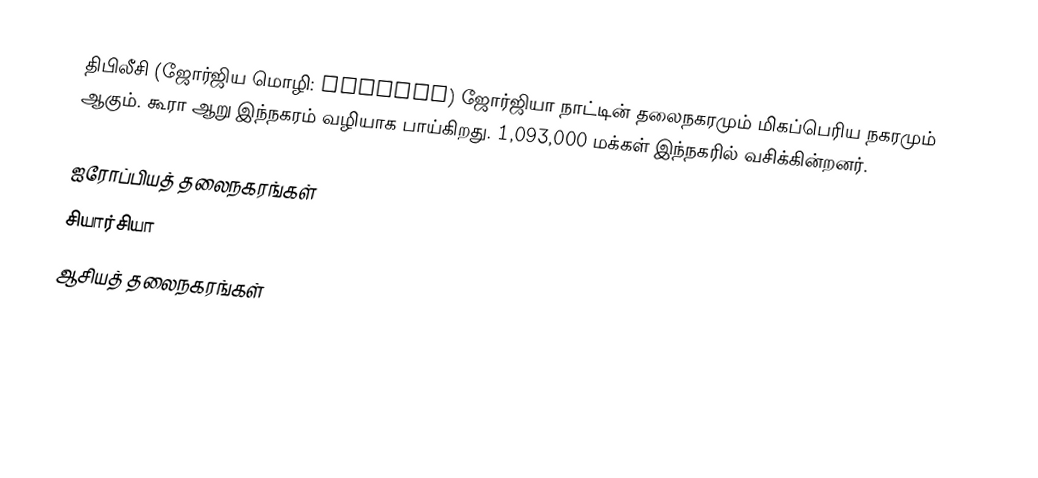
திபிலீசி (ஜோர்ஜிய மொழி: თბილისი) ஜோர்ஜியா நாட்டின் தலைநகரமும் மிகப்பெரிய நகரமும் ஆகும். கூரா ஆறு இந்நகரம் வழியாக பாய்கிறது. 1,093,000 மக்கள் இந்நகரில் வசிக்கின்றனர்.

ஐரோப்பியத் தலைநகரங்கள்
சியார்சியா
ஆசியத் தலைநகரங்கள்